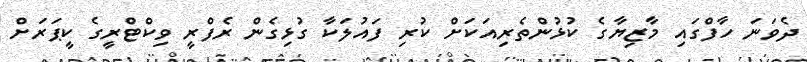
ދެވަނަ ހާފްގައި މާޒިޔާގެ ކުޅުންތެރިއަކަށް ކުރި ފައުލަކާ ގުޅިގެން ރެފްރީ ވިކްޓްރީގެ ކީޕަރަށް